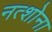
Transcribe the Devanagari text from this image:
नत्शोना